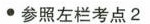
∙参照左栏考点2